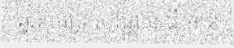
ឆ្នេរសមុទ្រ សណ្ឋាន ដី មាន